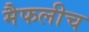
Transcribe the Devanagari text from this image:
मैफलीच